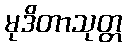
မုဒိတာသုတ္တ